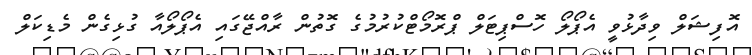
އޮފިޝަލް ވިދާޅުވީ އެޕޯލޯ ހޮސްޕިޓަލް ޕްރޮމޯޓްކުރުމުގެ ގޮތުން ރާއްޖޭގައި އެޕޯލޯއާ ގުޅިގެން މެޑިކަލް